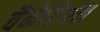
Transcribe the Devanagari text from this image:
वैंनेडियम